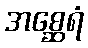
အစ္ဆေရံ